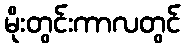
မိုးတွင်းကာလတွင်